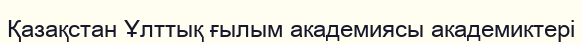
Қазақстан Ұлттық ғылым академиясы академиктері